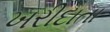
ખરીદાતા